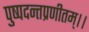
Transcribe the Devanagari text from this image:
पुष्पदन्तप्रणीतम्।।